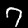
Digit: 7